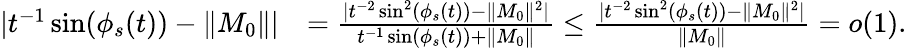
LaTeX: \begin{array}{rl}{|t^{-1}\sin(\phi_{s}(t))-\| M_{0}\| |}&{=\frac{|t^{-2}\sin^{2}(\phi_{s}(t))-\| M_{0}\| ^{2}|}{t^{-1}\sin(\phi_{s}(t))+\| M_{0}\| }\le\frac{|t^{-2}\sin^{2}(\phi_{s}(t))-\| M_{0}\| ^{2}|}{\| M_{0}\| }=o(1).}\end{array}